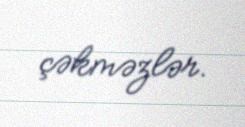
çəkməzlər.